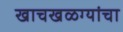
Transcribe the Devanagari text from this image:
खाचखळग्यांचा